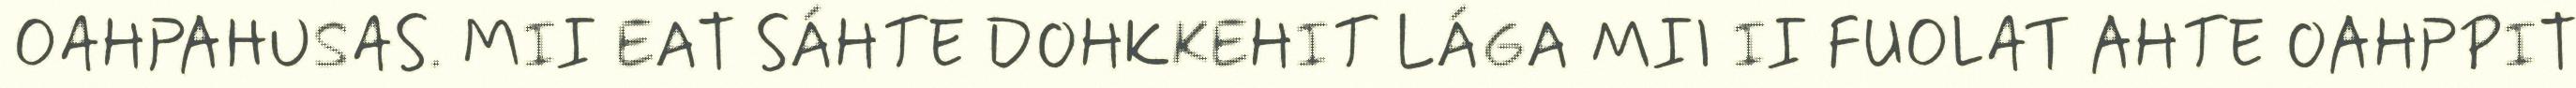
OAHPAHUSAS. MII EAT SÁHTE DOHKKEHIT LÁGA MII II FUOLAT AHTE OAHPPIT